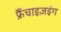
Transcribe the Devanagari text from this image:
फ्रैंचाइज़इंग